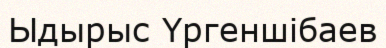
Ыдырыс Үргеншібаев